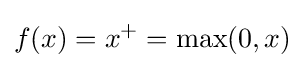
f(x)=x^{+}=\max(0,x)